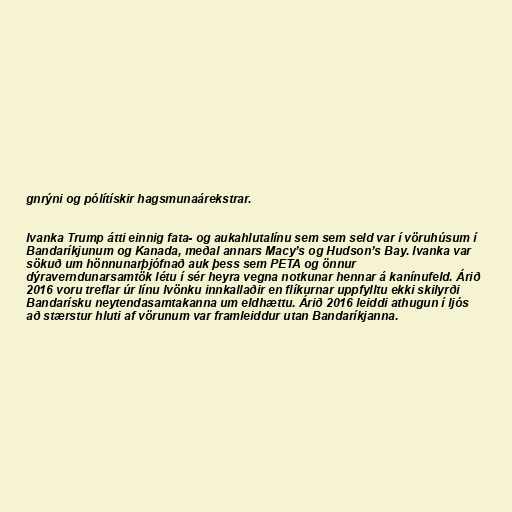
gnrýni og pólítískir hagsmunaárekstrar.

Ivanka Trump átti einnig fata- og aukahlutalínu sem sem seld var í vöruhúsum í
Bandaríkjunum og Kanada, meðal annars Macy’s og Hudson’s Bay. Ivanka var
sökuð um hönnunarþjófnað auk þess sem PETA og önnur
dýraverndunarsamtök létu í sér heyra vegna notkunar hennar á kanínufeld. Árið
2016 voru treflar úr línu Ivönku innkallaðir en flíkurnar uppfylltu ekki skilyrði
Bandarísku neytendasamtakanna um eldhættu. Árið 2016 leiddi athugun í ljós
að stærstur hluti af vörunum var framleiddur utan Bandaríkjanna.